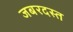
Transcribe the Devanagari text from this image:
जबरदस्त